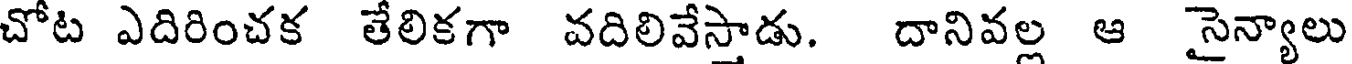
చోట ఎదిరించక తేలికగా వదిలివేస్తాడు. దానివల్ల ఆ సైన్యాలు